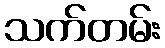
သက်တမ်း